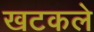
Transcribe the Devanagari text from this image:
खटकले